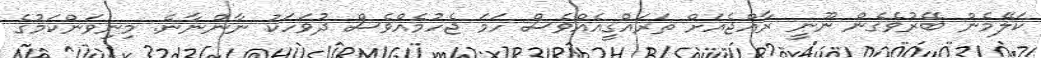
ކަލޭމެން ބޭރުވެގެން ނޫނީ ރާއްޖެއަށް ތަރައްގީއެއްވެސް ހަމަ ޖެހުމެއްވެސް ދުވަހަކު ނާންނާނެ. މިނިވަންކަމުގެ